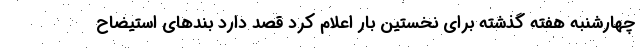
چهارشنبه هفته گذشته برای نخستین بار اعلام کرد قصد دارد بندهای استیضاح